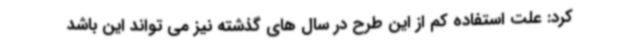
کرد: علت استفاده کم از این طرح در سال های گذشته نیز می تواند این باشد